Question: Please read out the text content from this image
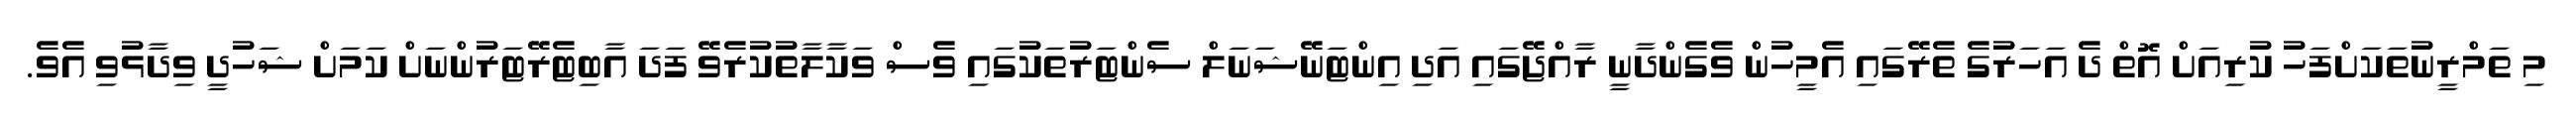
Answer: މި ތަމްރީނުތަކަށްފަހު ކުރިއަށް އޮތް ދެ އަހަރުގެ ތެރޭގައި އެމީހުން ވެގެންދާނީ ރާއްޖޭގައި އަދި އިންޓަނޭޝަނަލް ސެންޓަރުތަކުގައި ވެސް ވަކާލާތުކުރެވޭ ފަދަ އާބިޓެރޭޓަރުންނަށް ކަމަށް ޝަހުދީ ވިދާޅުވި އެވެ.